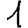
Digit: 1